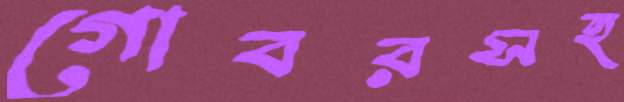
গোবরসহ